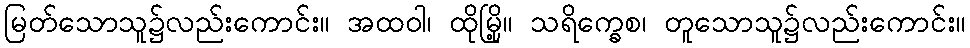
မြတ်သောသူ၌လည်းကောင်း။ အထဝါ၊ ထိုမြို့။ သရိက္ခေစ၊ တူသောသူ၌လည်းကောင်း။